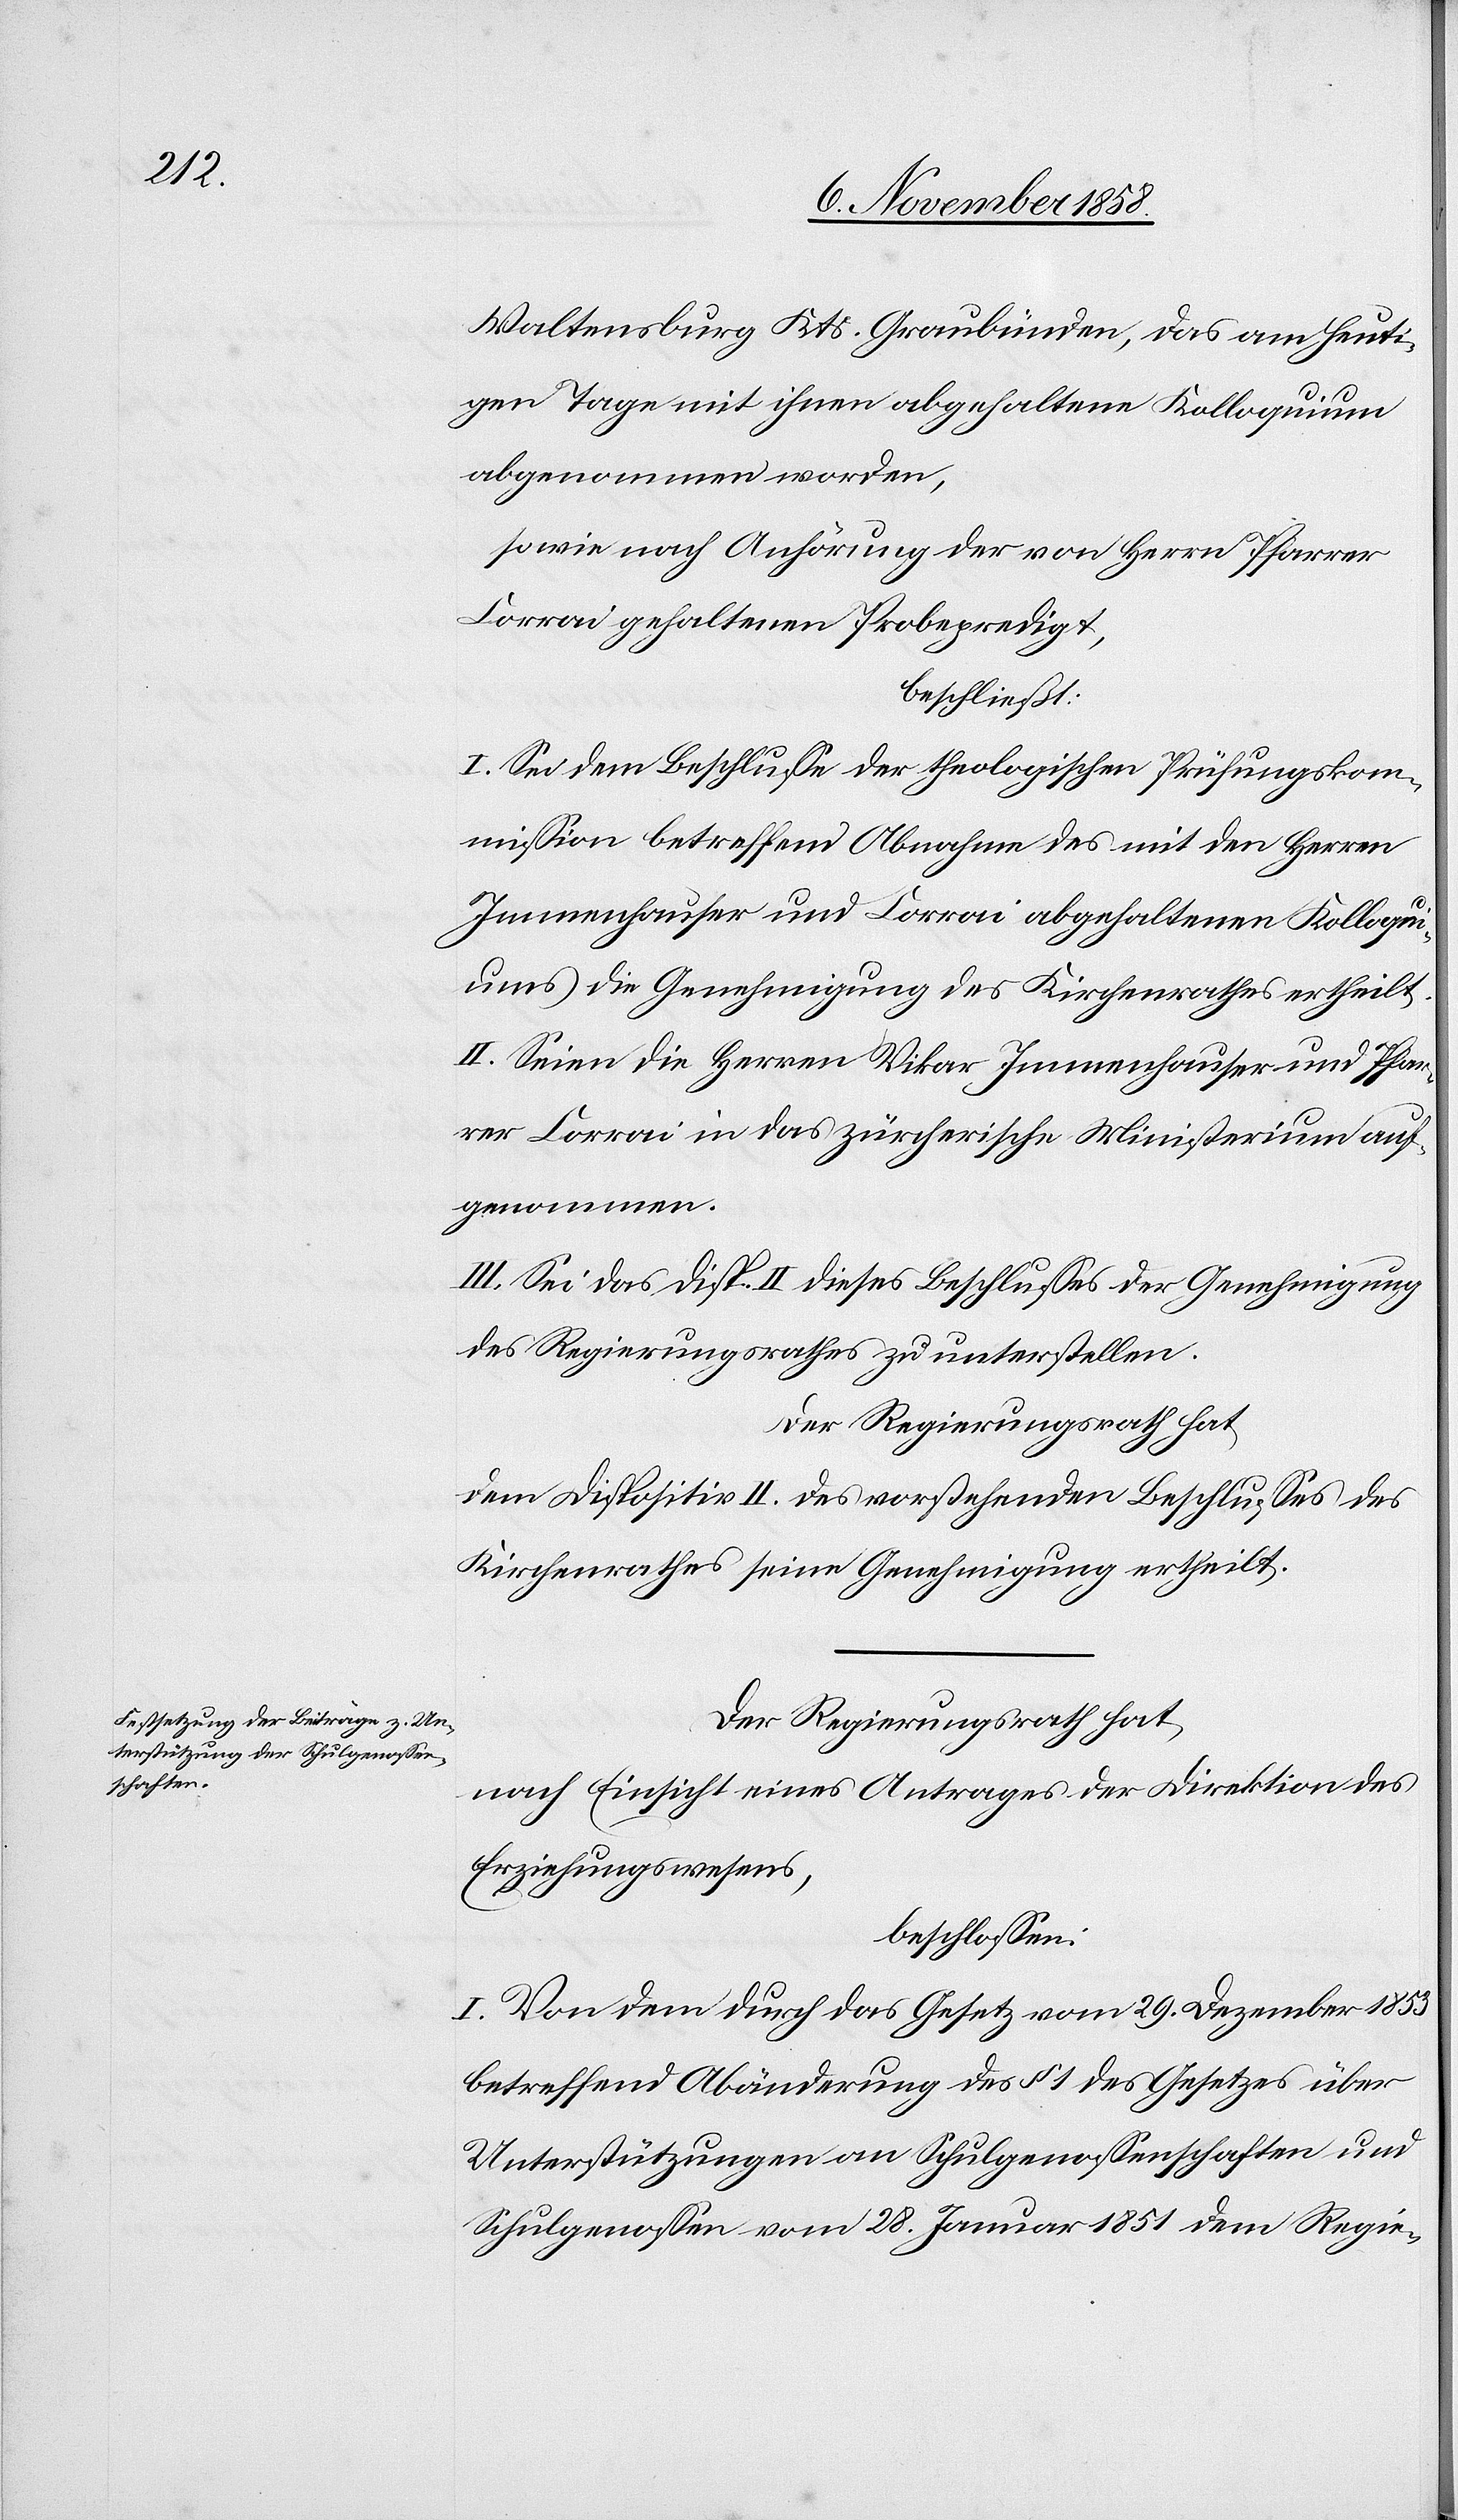
Waltensburg Kts. Graubünden, das am heuti¬
gen Tage mit ihnen abgehaltene Kolloquium
abgenommen worden,
sowie nach Anhörung der von Herrn Pfarrer
Corrai gehaltenen Probepredigt,
beschließt:
I. Sei dem Beschlusse der theologischen Prüfungskom¬
mission betreffend Abnahme des mit den Herren
Immenhauser und Corrai abgehaltenen Kolloqu¬
iums die Genehmigung des Kirchenrathes ertheilt.
II. Seien die Herren Vikar Immenhauser und Pfar¬
rer Corrai in das zürcherische Ministerium auf¬
genommen.
III. Sei das Disp. II dieses Beschlusses der Genehmigung
des Regierungsrathes zu unterstellen.
Der Regierungsrath hat
dem Dispositiv II. des vorstehenden Beschlusses des
Kirchenrathes seine Genehmigung ertheilt.
Der Regierungsrath hat,
nach Einsicht eines Antrages der Direktion des
Erziehungswesens,
beschlossen:
I. Von dem durch das Gesetz vom 29. Dezember 1853
betreffend Abänderung des § 1 des Gesetzes über
Unterstützungen an Schulgenossenschaften und
Schulgenossen vom 28. Januar 1851 dem Regie-